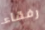
رفقاء